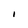
Character: I